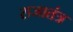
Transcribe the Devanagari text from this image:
राजातंत्र